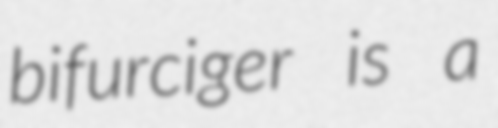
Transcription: bifurciger is a